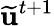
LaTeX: \mathbf{\widetilde{u}}^{t+1}